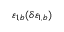
\varepsilon _ { 1 , b } ( \delta \varepsilon _ { 1 , b } )